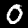
Label: 0